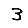
Digit: 3